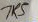
Text: 7K5